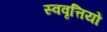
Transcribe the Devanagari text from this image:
स्ववृत्तियों